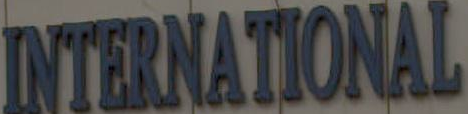
INTERNATIONAL